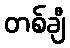
တစ်ချီ